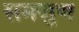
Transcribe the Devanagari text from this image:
समजुण